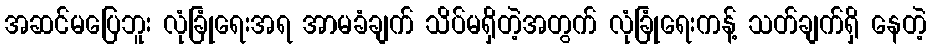
အဆင်မပြေဘူး လုံခြုံရေးအရ အာမခံချက် သိပ်မရှိတဲ့အတွက် လုံခြုံရေးကန့် သတ်ချက်ရှိ နေတဲ့